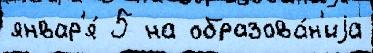
январ'я́ 5 на образова́н'иjа